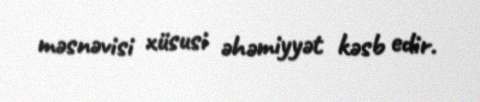
məsnəvisi xüsusi əhəmiyyət kəsb edir.